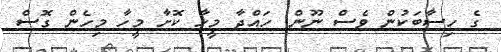
ގެ ހިސާބަކުން ވެސް ނޫން. ހައްދާ މީހާ ކޮށާ މީހާ މިހެން ގޮސް